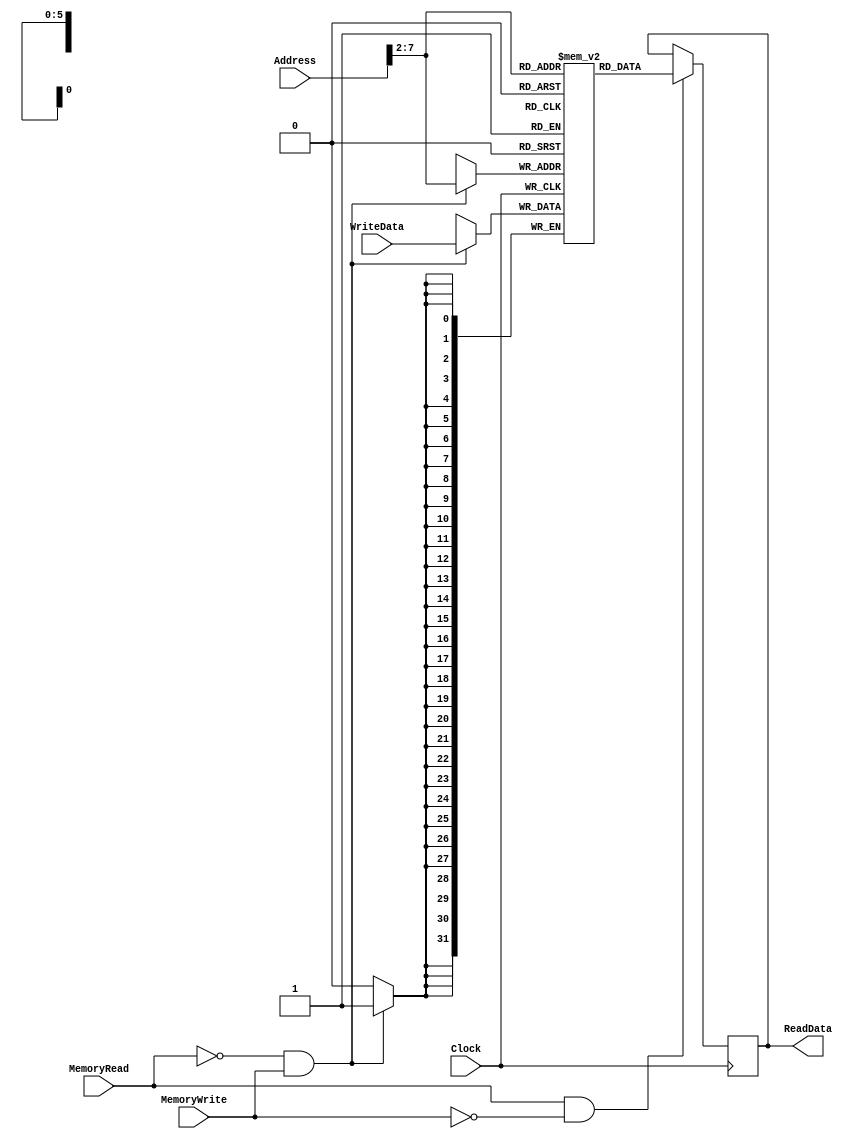
`timescale 1ns / 1ps

module DataMemory(ReadData, Address, WriteData, MemoryRead, MemoryWrite, Clock);
//inputs
input[31:0] Address, WriteData;
input MemoryRead, MemoryWrite, Clock;

//output
output [31:0] ReadData;

//Internal nets
reg[31:0] DataMem[63:0]; //Data Memory size of 64 words, 32 bits each
reg[31:0] ReadData;

//Read and write have 20ns delay each
//Read to Memory
always@(posedge Clock) begin
	if(MemoryRead == 1 && MemoryWrite == 0) //Both signals cannot be active at same time
		ReadData <= #20 DataMem[Address>>2];
end

//Write to Memory
always@(negedge Clock) begin
	if(MemoryRead == 0 && MemoryWrite == 1) //Both signals cannot be active at same time
		DataMem[Address>>2] <= #20 WriteData;
end



endmodule